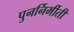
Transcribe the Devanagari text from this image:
पुनर्निर्मीती